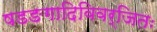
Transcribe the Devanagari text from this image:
षडङगादिविवर्जितः